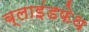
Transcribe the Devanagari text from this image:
ब्लाइंडफेथ